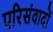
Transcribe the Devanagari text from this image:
परिसंवादों